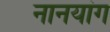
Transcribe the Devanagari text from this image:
नानयांग